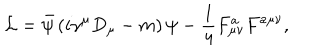
LaTeX: { \cal L } = \bar { \psi } \left( i \gamma ^ { \mu } D _ { \mu } - m \right) \psi - { \frac { 1 } { 4 } } F _ { \mu \nu } ^ { a } F ^ { a \mu \nu } ,